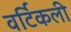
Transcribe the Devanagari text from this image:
वर्टिकली